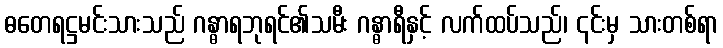
ဓတေရဋ္ဌမင်းသားသည် ဂန္ဓာရဘုရင်၏သမီး ဂန္ဓာရီနှင့် လက်ထပ်သည်၊ ၎င်းမှ သားတစ်ရာ